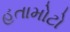
હતામોટો